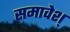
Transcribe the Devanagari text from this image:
समावेश्